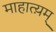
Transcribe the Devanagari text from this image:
माहात्य़म्